Studies on the mouth parts a Comparative anatomy of the proboscis in the blood-sucking muscidae - Number 60
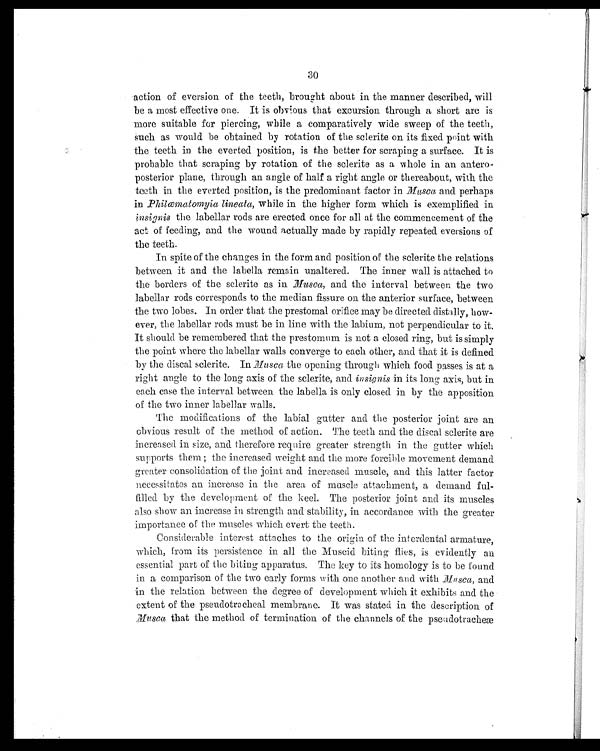
30
action of eversion of the teeth, brought about in the manner described, will
be a most effective one. It is obvious that excursion through a short arc is
more suitable for piercing, while a comparatively wide sweep of the teeth,
such as would be obtained by rotation of the sclerite on its fixed point with
the teeth in the everted position, is the better for scraping a surface. It is
probable that scraping by rotation of the sclerite as a whole in an antero
-posterior plane, through an angle of half a right angle or thereabout, with the
teeth in the everted position, is the predominant factor in Musca and perhaps
in P hilæmatomyia lineata, while in the higher form which is exemplified in
insignis the labellar rods are erected once for all at the commencement of the
act of feeding, and the wound actually made by rapidly repeated eversions of
the teeth.
In spite of the changes in the form and position of the sclerite the relations
between it and the labella remain unaltered. The inner wall is attached to
the borders of the sclerite as in Musca, and the interval between the two
labellar rods corresponds to the median fissure on the anterior surface, between
the two lobes. In order that the prestomal orifice may be directed distally, how-
ever, the labellar rods must be in line with the labium, not perpendicular to it.
It should be remembered that the prestomum is not a closed ring, but is simply
the point where the labellar walls converge to each other, and that it is defined
by the discal sclerite. In Musca the opening through which food passes is at a
right angle to the long axis of the sclerite, and insignis in its long axis, but in
each case the interval between the labella is only closed in by the apposition
of the two inner labellar walls.
The modifications of the labial gutter and the posterior joint are an
obvious result of the method of action. The teeth and the discal sclerite are
increased in size, and therefore require greater strength in the gutter which
supports them the increased weight and the more forcible movement demand
greater consolidation of the joint and increased muscle, and this latter factor
necessitates an increase in the area of muscle attachment, a demand ful-
filled by the development of the keel. The posterior joint and its muscles
also show an increase in strength and stability, in accordance with the greater
importance of the muscles which evert the teeth.
Considerable interest attaches to the origin of the interdental armature,
which, from its persistence in all the Muscid biting flies, is evidently an
essential part of the biting apparatus. The key to its homology is to be found
in a comparison of the two early forms with one another and with Mu sca , and
in the relation between the degree of development which it exhibits and the
extent of the pseudotracheal membrane. It was stated in the description of
Mu sca that the method of termination of the channels of the pseudotrachee